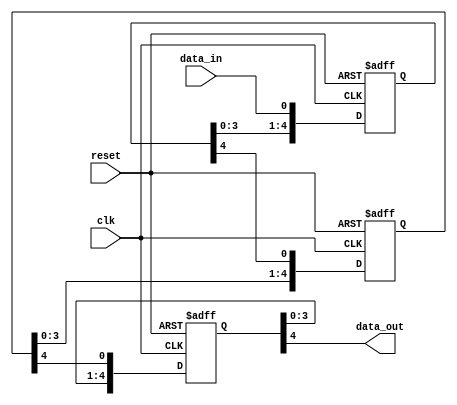
module cascade_synchronizer (
    input wire clk,
    input wire reset,
    input wire data_in,
    output reg data_out
);

reg [4:0] stage1, stage2, stage3; // 3-stage cascade synchronizer

always @(posedge clk or posedge reset) begin
    if (reset) begin
        stage1 <= 5'b00000;
        stage2 <= 5'b00000;
        stage3 <= 5'b00000;
    end else begin
        stage1 <= {stage1[3:0], data_in};
        stage2 <= {stage2[3:0], stage1[4]};
        stage3 <= {stage3[3:0], stage2[4]};
    end
end

assign data_out = stage3[4];

endmodule